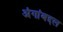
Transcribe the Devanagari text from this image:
अंगांबद्दल